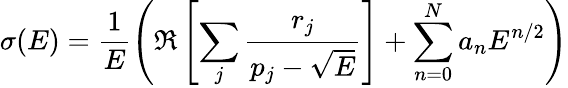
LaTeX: \sigma(E)=\frac{1}{E}\left(\Re\left[\sum_{j}\frac{r_{j}}{p_{j}-\sqrt{E}}\right]+\sum_{n=0}^{N}a_{n}E^{n/2}\right)